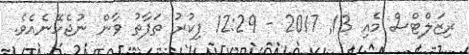
ރިޒަލްޓްސް މެއި 13